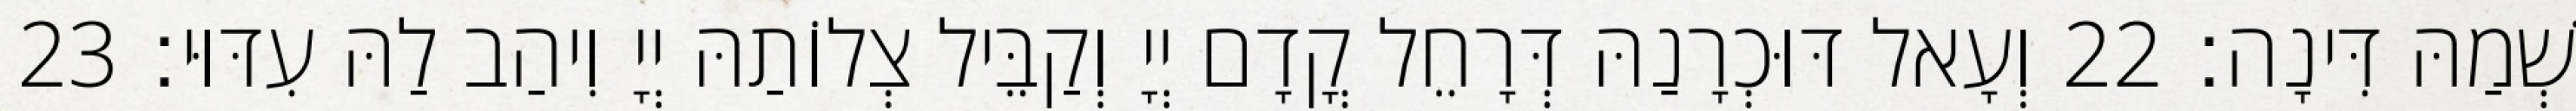
שְׁמַהּ דִּינָה׃ 22 וְעָאל דּוּכְרָנַהּ דְּרָחֵל קֳדָם יְיָ וְקַבֵּיל צְלוֹתַהּ יְיָ וִיהַב לַהּ עִדּוּי׃ 23